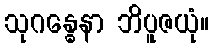
သုဂန္ဓေနာ ဘိပူဇယုံ။